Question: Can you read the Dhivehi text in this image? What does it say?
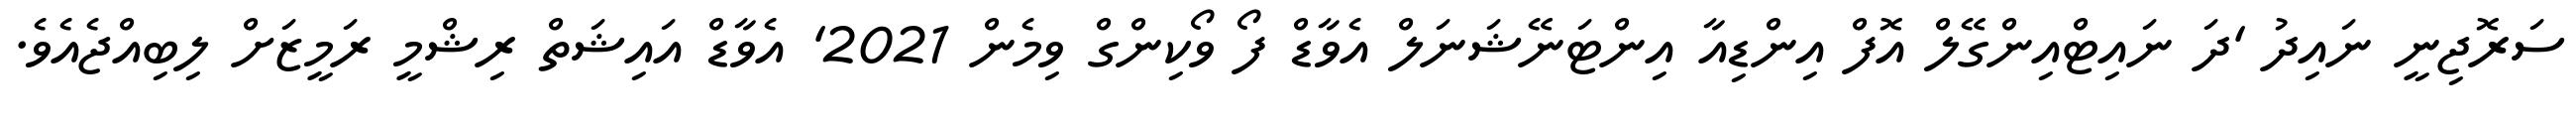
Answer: ސަރޮޖިނީ ނައިދު 'ދަ ނައިޓްއިންގޭލް އޮފް އިންޑިއާ އިންޓަނޭޝަނަލް އެވާޑް ފޯ ވޯކިންގް ވިމެން 2021' އެވާޑް އައިޝަތް ރިޝްމީ ރަމީޒަށް ލިބިއްޖެއެވެ.